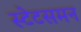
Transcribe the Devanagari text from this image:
स्टेटसमन